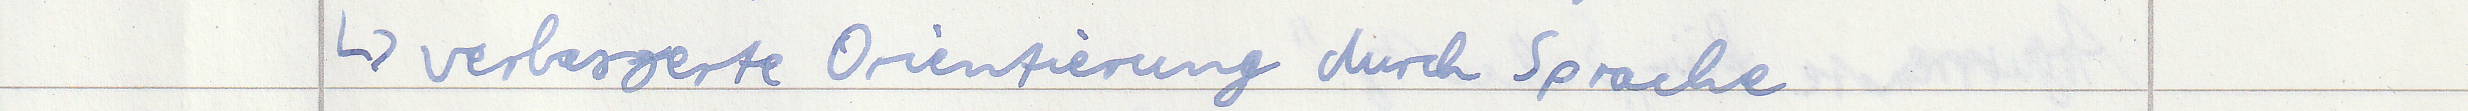
-> verbesserte Orientierung durch Sprache